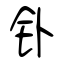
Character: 钋